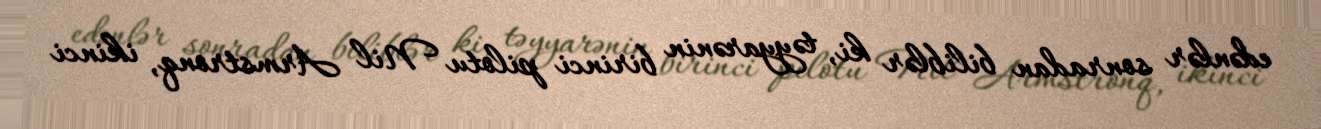
edənlər sonradan biliblər ki, təyyarənin birinci pilotu Nil Armstronq, ikinci